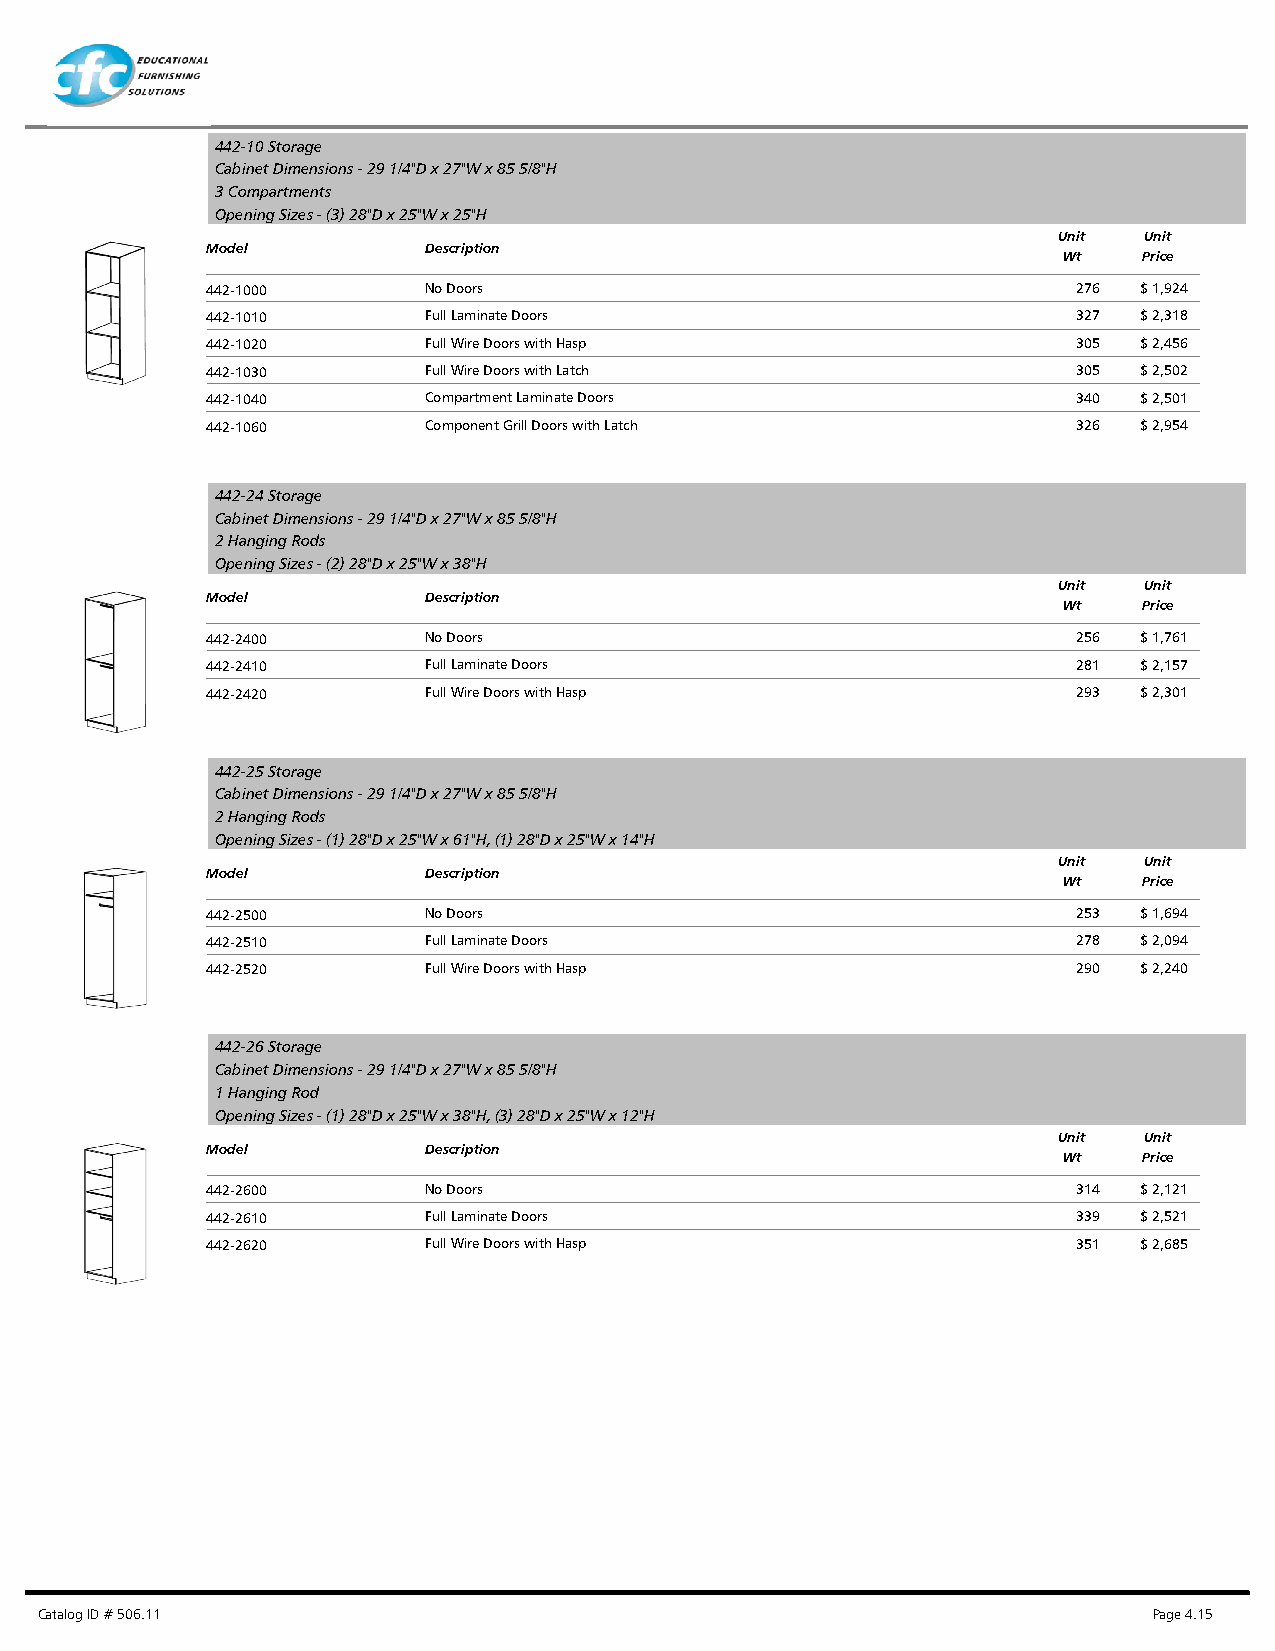
442-10 Storage
 Cabinet Dimensions - 29 1/4"D x 27"W x 85 5/8"H
 3 Compartments
 Opening Sizes - (3) 28"D x 25"W x 25"H
 Unit  Unit
 Model         Description
 Wt    Price
 442-1000      No Doors                                   276 $ 1,924
 442-1010      Full Laminate Doors                        327 $ 2,318
 442-1020      Full Wire Doors with Hasp                  305 $ 2,456
 442-1030      Full Wire Doors with Latch                 305 $ 2,502
 442-1040      Compartment Laminate Doors                 340 $ 2,501
 442-1060      Component Grill Doors with Latch           326 $ 2,954
 442-24 Storage
 Cabinet Dimensions - 29 1/4"D x 27"W x 85 5/8"H
 2 Hanging Rods
 Opening Sizes - (2) 28"D x 25"W x 38"H
 Unit  Unit
 Model         Description
 Wt    Price
 442-2400      No Doors                                   256 $ 1,761
 442-2410      Full Laminate Doors                        281 $ 2,157
 442-2420      Full Wire Doors with Hasp                  293 $ 2,301
 442-25 Storage
 Cabinet Dimensions - 29 1/4"D x 27"W x 85 5/8"H
 2 Hanging Rods
 Opening Sizes - (1) 28"D x 25"W x 61"H, (1) 28"D x 25"W x 14"H
 Unit  Unit
 Model         Description
 Wt    Price
 442-2500      No Doors                                   253 $ 1,694
 442-2510      Full Laminate Doors                        278 $ 2,094
 442-2520      Full Wire Doors with Hasp                  290 $ 2,240
 442-26 Storage
 Cabinet Dimensions - 29 1/4"D x 27"W x 85 5/8"H
 1 Hanging Rod
 Opening Sizes - (1) 28"D x 25"W x 38"H, (3) 28"D x 25"W x 12"H
 Unit  Unit
 Model         Description
 Wt    Price
 442-2600      No Doors                                   314 $ 2,121
 442-2610      Full Laminate Doors                        339 $ 2,521
 442-2620      Full Wire Doors with Hasp                  351 $ 2,685
 Catalog ID # 506.11                                                       Page 4.15